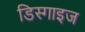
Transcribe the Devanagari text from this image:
डिस्गाइज